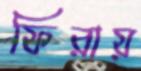
ফিরায়